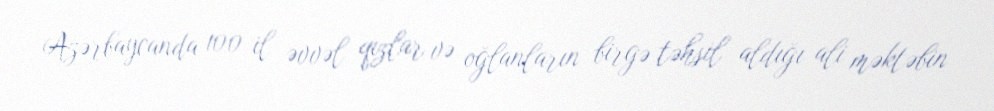
Azərbaycanda 100 il əvvəl qızlar və oğlanların birgə təhsil aldığı ali məktəbin